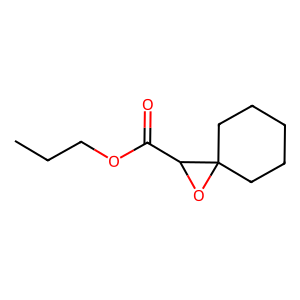
SMILES: CCCOC(=O)C1OC12CCCCC2
Inhibits HIV replication: No